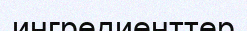
ингредиенттер